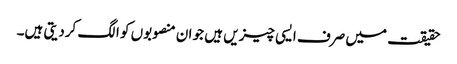
حقیقت میں صرف ایسی چیزیں ہیں جو ان منصوبوں کو الگ کردیتی ہیں۔